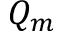
Q _ { m }